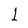
Character: 1